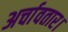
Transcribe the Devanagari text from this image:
अर्चावतार।